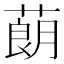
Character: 蓢